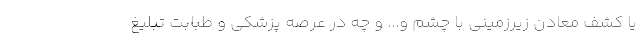
يا كشف معادن زيرزميني با چشم و... و چه در عرصه پزشكي و طبابت تبلیغ